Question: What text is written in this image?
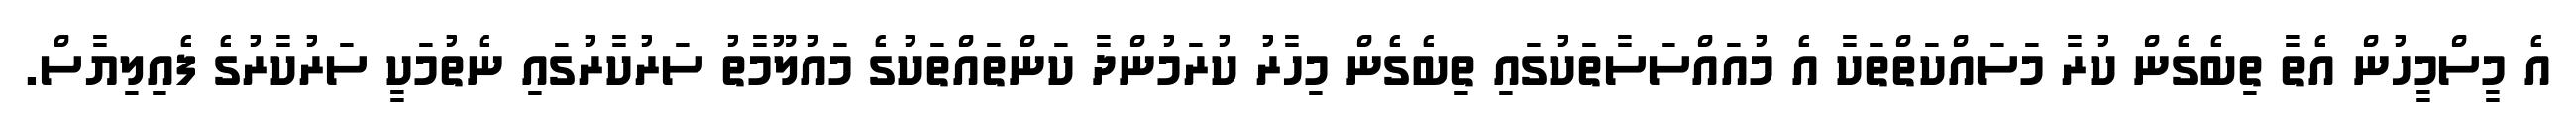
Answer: އެ މީސްމީހުން އެތާ ތިބެގެން ކުރާ މަސައްކަތްތަކާ އެ މުއައްސަސާތަކުގައި ތިބެގެން މިހާރު ކުރަމުންދާ ކަންތައްތަކުގެ މައުލޫމާތު ސަރުކާރުގައި ނެތުމަކީ ސަރުކާރުގެ ފެއިލިޔާސް.